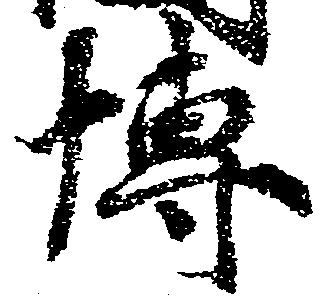
博